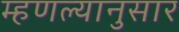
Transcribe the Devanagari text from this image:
म्हणल्यानुसार